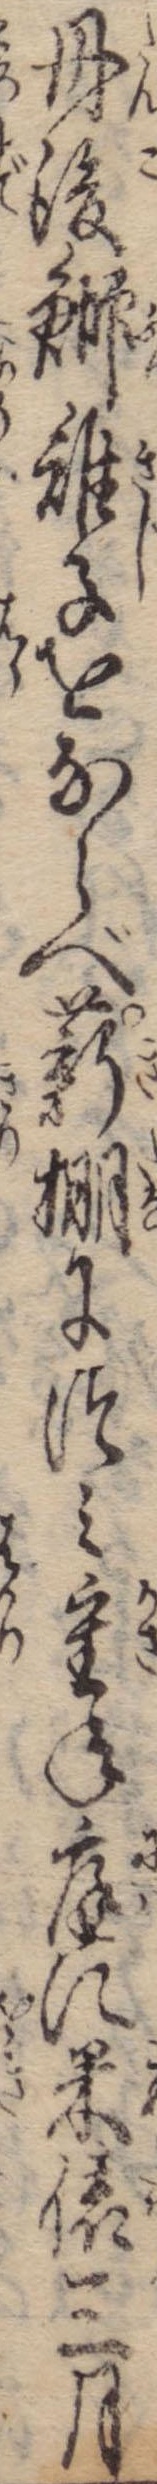
丹後鰤雉子をならべ薪棚につみ重ね庭に米俵三月